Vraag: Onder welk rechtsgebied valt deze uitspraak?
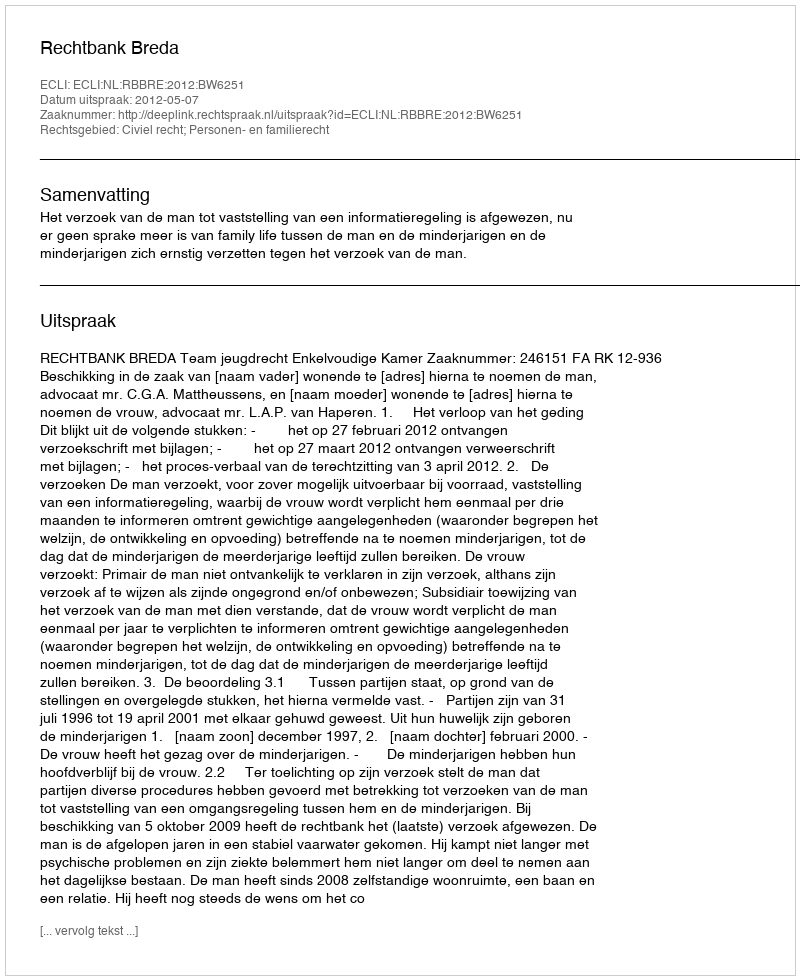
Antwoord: Civiel recht; Personen- en familierecht